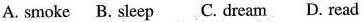
A. smoke B. sleep C. dream D. read